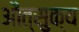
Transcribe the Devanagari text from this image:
औत्सुक्‍य